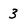
Character: 3